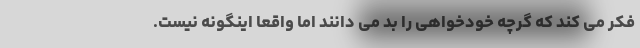
فکر می کند که گرچه خودخواهی را بد می دانند اما واقعاً اینگونه نیست.